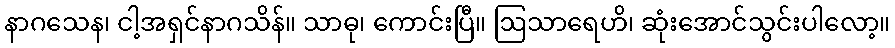
နာဂသေန၊ ငါ့အရှင်နာဂသိန်။ သာဓု၊ ကောင်းပြီ။ ဩသာရေဟိ၊ ဆုံးအောင်သွင်းပါလော့။